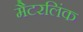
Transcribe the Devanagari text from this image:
मैटरलिंक